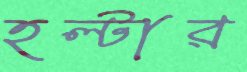
হল্টার